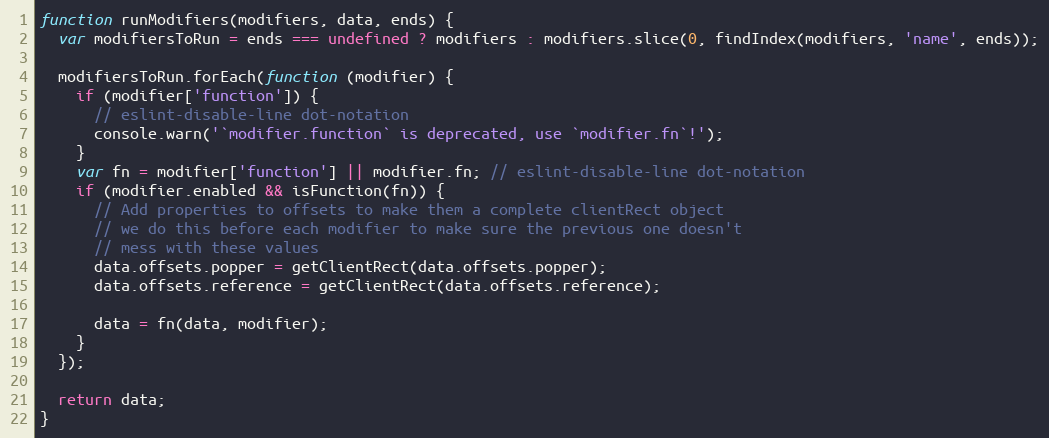
Language: JavaScript
function runModifiers(modifiers, data, ends) {
  var modifiersToRun = ends === undefined ? modifiers : modifiers.slice(0, findIndex(modifiers, 'name', ends));

  modifiersToRun.forEach(function (modifier) {
    if (modifier['function']) {
      // eslint-disable-line dot-notation
      console.warn('`modifier.function` is deprecated, use `modifier.fn`!');
    }
    var fn = modifier['function'] || modifier.fn; // eslint-disable-line dot-notation
    if (modifier.enabled && isFunction(fn)) {
      // Add properties to offsets to make them a complete clientRect object
      // we do this before each modifier to make sure the previous one doesn't
      // mess with these values
      data.offsets.popper = getClientRect(data.offsets.popper);
      data.offsets.reference = getClientRect(data.offsets.reference);

      data = fn(data, modifier);
    }
  });

  return data;
}